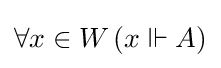
\forall x\in W\,(x\Vdash A)